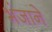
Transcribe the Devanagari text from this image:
भंजाने